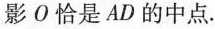
影 О 恰是 AD 的中点.